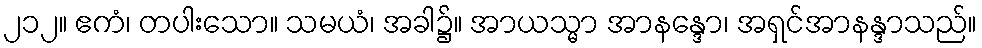
၂၁၂။ ဧကံ၊ တပါးသော။ သမယံ၊ အခါ၌။ အာယသ္မာ အာနန္ဒော၊ အရှင်အာနန္ဒာသည်။